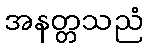
အနတ္တသညံ